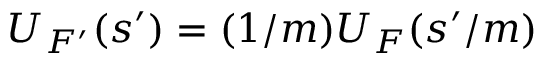
U _ { F ^ { \prime } } ( \boldsymbol s ^ { \prime } ) = ( 1 / m ) U _ { F } ( \boldsymbol s ^ { \prime } / m )